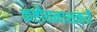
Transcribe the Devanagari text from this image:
कष्टौघनाशकर्त्रे